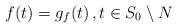
LaTeX: \begin{align*} f(t) = g_f(t)\, , t\in S_0\setminus N \end{align*}